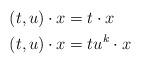
LaTeX: \begin{align*} (t,u) \cdot x &= t \cdot x && \\ (t,u) \cdot x & =t u^k \cdot x && \end{align*}